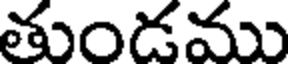
తుండము